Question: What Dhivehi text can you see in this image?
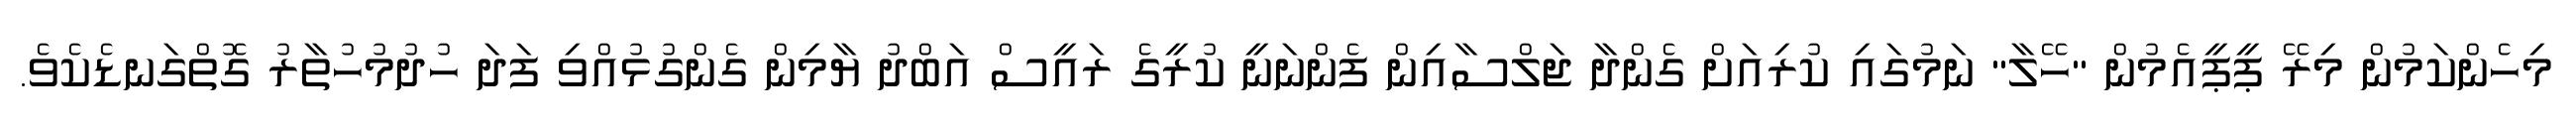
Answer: މިހެންކަމުން މިރޭ ޕީޕީއެމުން "ހޭލާ" ނަމުގައި ކުރިއަށް ގެންދާ ޖަލްސާއިން ފެންނަނީ ކުރީގެ ރައީސް އަބްދު ޔާމިން ގެންގުޅުއްވި ފަދަ ހުދުމުހުތާރު ގޮތްގަނޑެކެވެ.